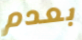
بعدم